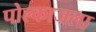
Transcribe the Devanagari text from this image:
पोल्काजला